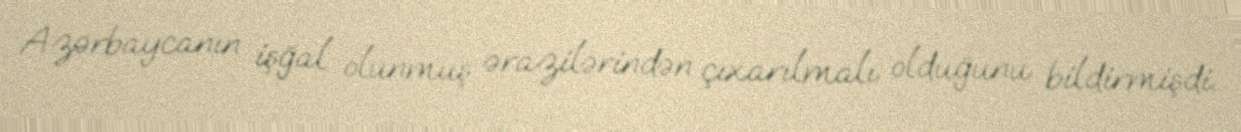
Azərbaycanın işğal olunmuş ərazilərindən çıxarılmalı olduğunu bildirmişdi.